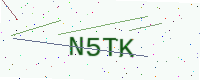
Text: N5TK